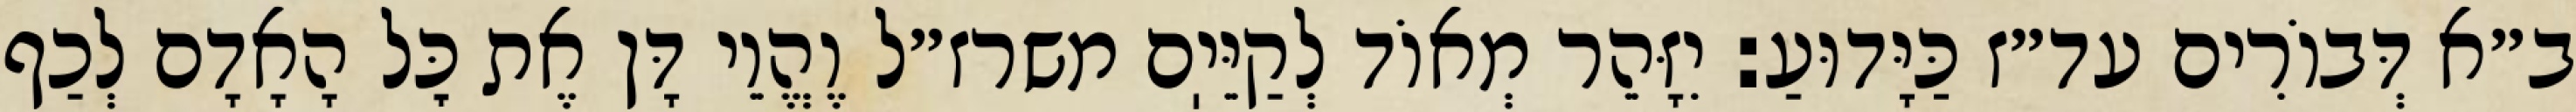
ב״א דְּבוֹרִים עד״ז כַּיָּדוּעַ: יִזָּהֵר מְאוֹד לְקַיֵּיֽם משרז״ל וֶהֱוֵי דָּן אֶת כׇּל הָאָדָם לְכַף